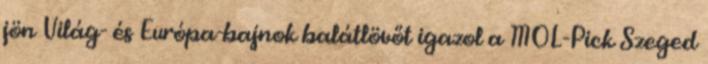
jön Világ- és Európa-bajnok balátlövőt igazol a MOL-Pick Szeged